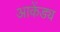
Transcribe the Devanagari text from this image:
आकेंड्य